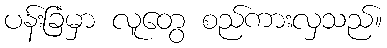
ပန်းခြံမှာ လူတွေ စည်ကားလှသည်။